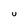
Character: U